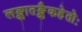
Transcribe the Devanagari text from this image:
लङ्कातङ्कैकहेतोः